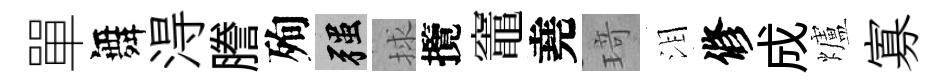
單舞淂謄殉强捄攬竈堯𤦺泪修成爐寡